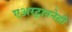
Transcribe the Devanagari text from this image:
एअरट्राननेही